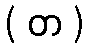
( တ )